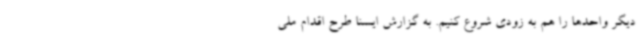
دیگر واحدها را هم به زودی شروع کنیم. به گزارش ایسنا طرح اقدام ملی